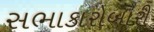
સભાકારોબારી